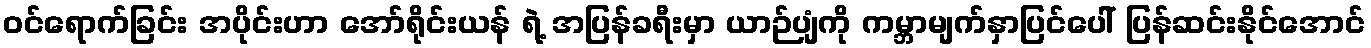
ဝင်ရောက်ခြင်း အပိုင်းဟာ အော်ရိုင်းယန် ရဲ့ အပြန်ခရီးမှာ ယာဉ်ပျံကို ကမ္ဘာမျက်နှာပြင်ပေါ် ပြန်ဆင်းနိုင်အောင်